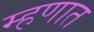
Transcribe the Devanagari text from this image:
म्हणात